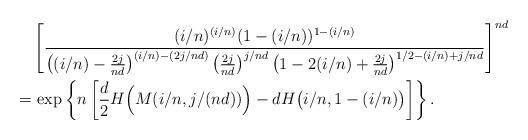
LaTeX: \begin{align*} & \left [ \dfrac{(i/n)^{(i/n)} (1-(i/n))^{1-(i/n)}}{\big((i/n) - \frac{2j}{nd}\big)^{(i/n) - (2j/nd)} \, \big(\frac{2j}{nd}\big)^{j/nd} \, \big(1-2(i/n) + \frac{2j}{nd}\big)^{1/2 - (i/n) + j/nd}} \right ]^{nd}\\ =& \, \exp{\left \{ n \left [\frac{d}{2}H\Big(M(i/n,j/(nd))\Big) - dH\big(i/n,1-(i/n) \big) \right] \right \}}\,.\end{align*}